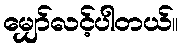
မျှော်လင့်ပါတယ်။